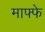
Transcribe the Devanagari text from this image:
माफ्फे